Civil Veterinary Department Bihar & Orissa reports 1929-36 - 1929-1936
Year: 1929
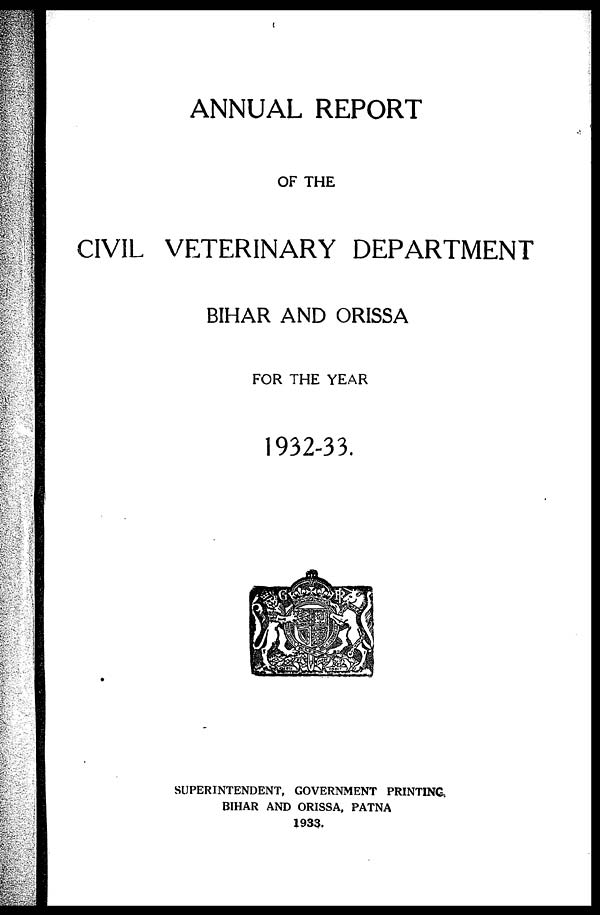
ANNUAL REPORT
OF THE
CIVIL VETERINARY DEPARTMENT
BIHAR AND ORISSA
FOR THE YEAR
1932-33.
SUPERINTENDENT, GOVERNMENT PRINTING-.
BIHAR AND ORISSA, PATNA
1933.